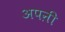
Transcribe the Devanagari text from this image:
अपऩी